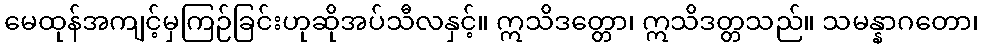
မေထုန်အကျင့်မှကြဉ်ခြင်းဟုဆိုအပ်သီလနှင့်။ ဣသိဒတ္တော၊ ဣသိဒတ္တသည်။ သမန္နာဂတော၊